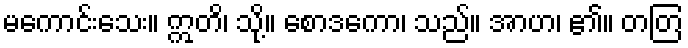
မကောင်းသေး။ ဣတိ၊ သို့။ စောဒကော၊ သည်။ အာဟ၊ ၏။ တတြ